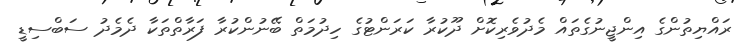
ރައްޔިތުންގެ އިންޖީނުގެތައް މެދުވެރިކޮށް ދޫކުރާ ކަރަންޓުގެ ހިދުމަތް ބޭނުންކުރާ ފަރާތްތަކާ ދެމެދު ސަބްސިޑީ